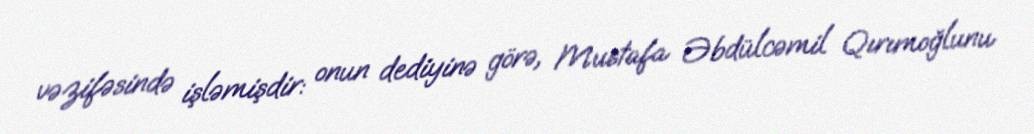
vəzifəsində işləmişdir: onun dediyinə görə, Mustafa Əbdülcəmil Qırımoğlunu